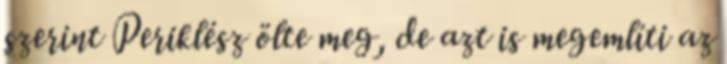
szerint Periklész ölte meg, de azt is megemlíti az